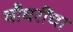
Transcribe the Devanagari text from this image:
चौधरींचा